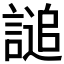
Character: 𧪲